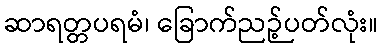
ဆာရတ္တပရမံ၊ ခြောက်ညဉ့်ပတ်လုံး။